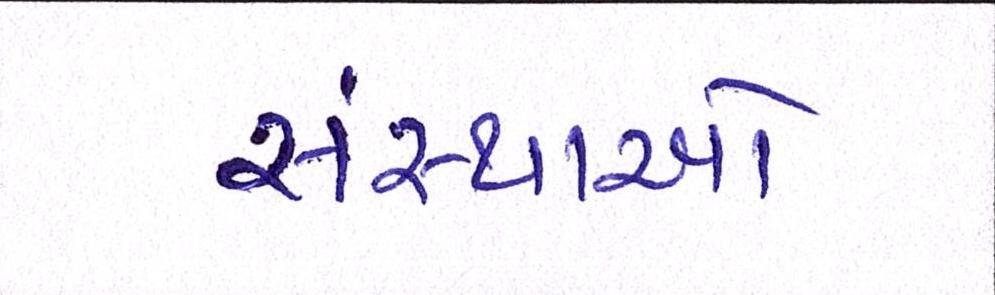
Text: સંસ્થાઓ